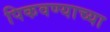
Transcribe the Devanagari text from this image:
पिकवण्याच्या